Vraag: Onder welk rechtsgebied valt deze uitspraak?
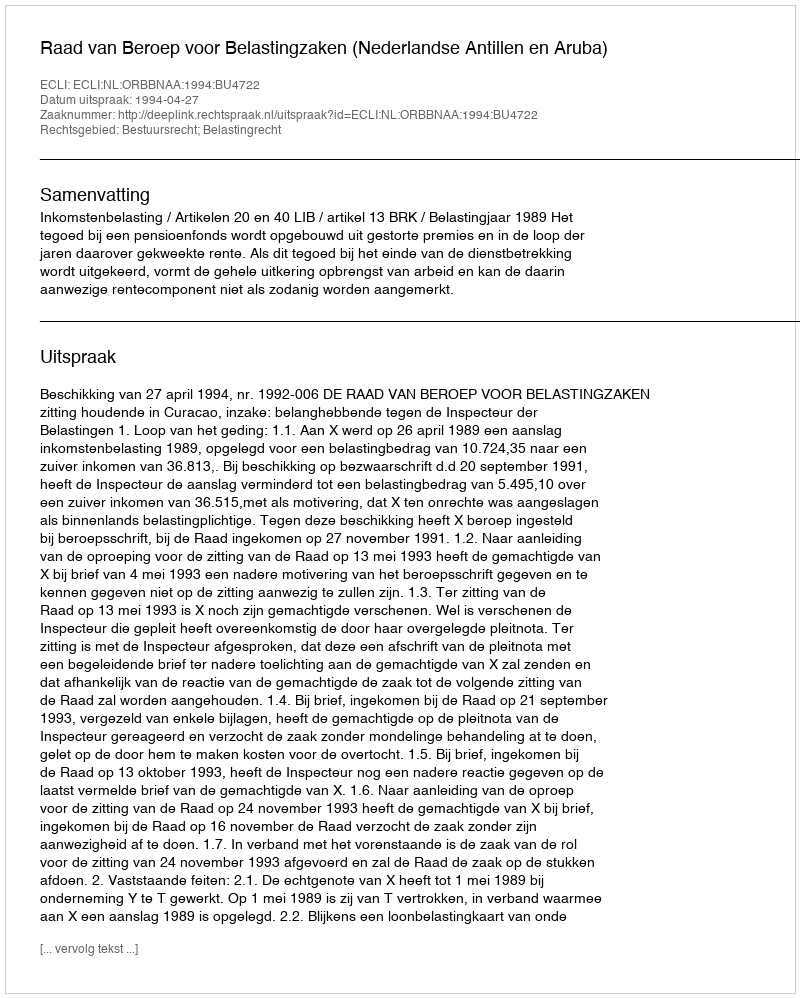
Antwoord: Bestuursrecht; Belastingrecht